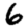
Digit: 6